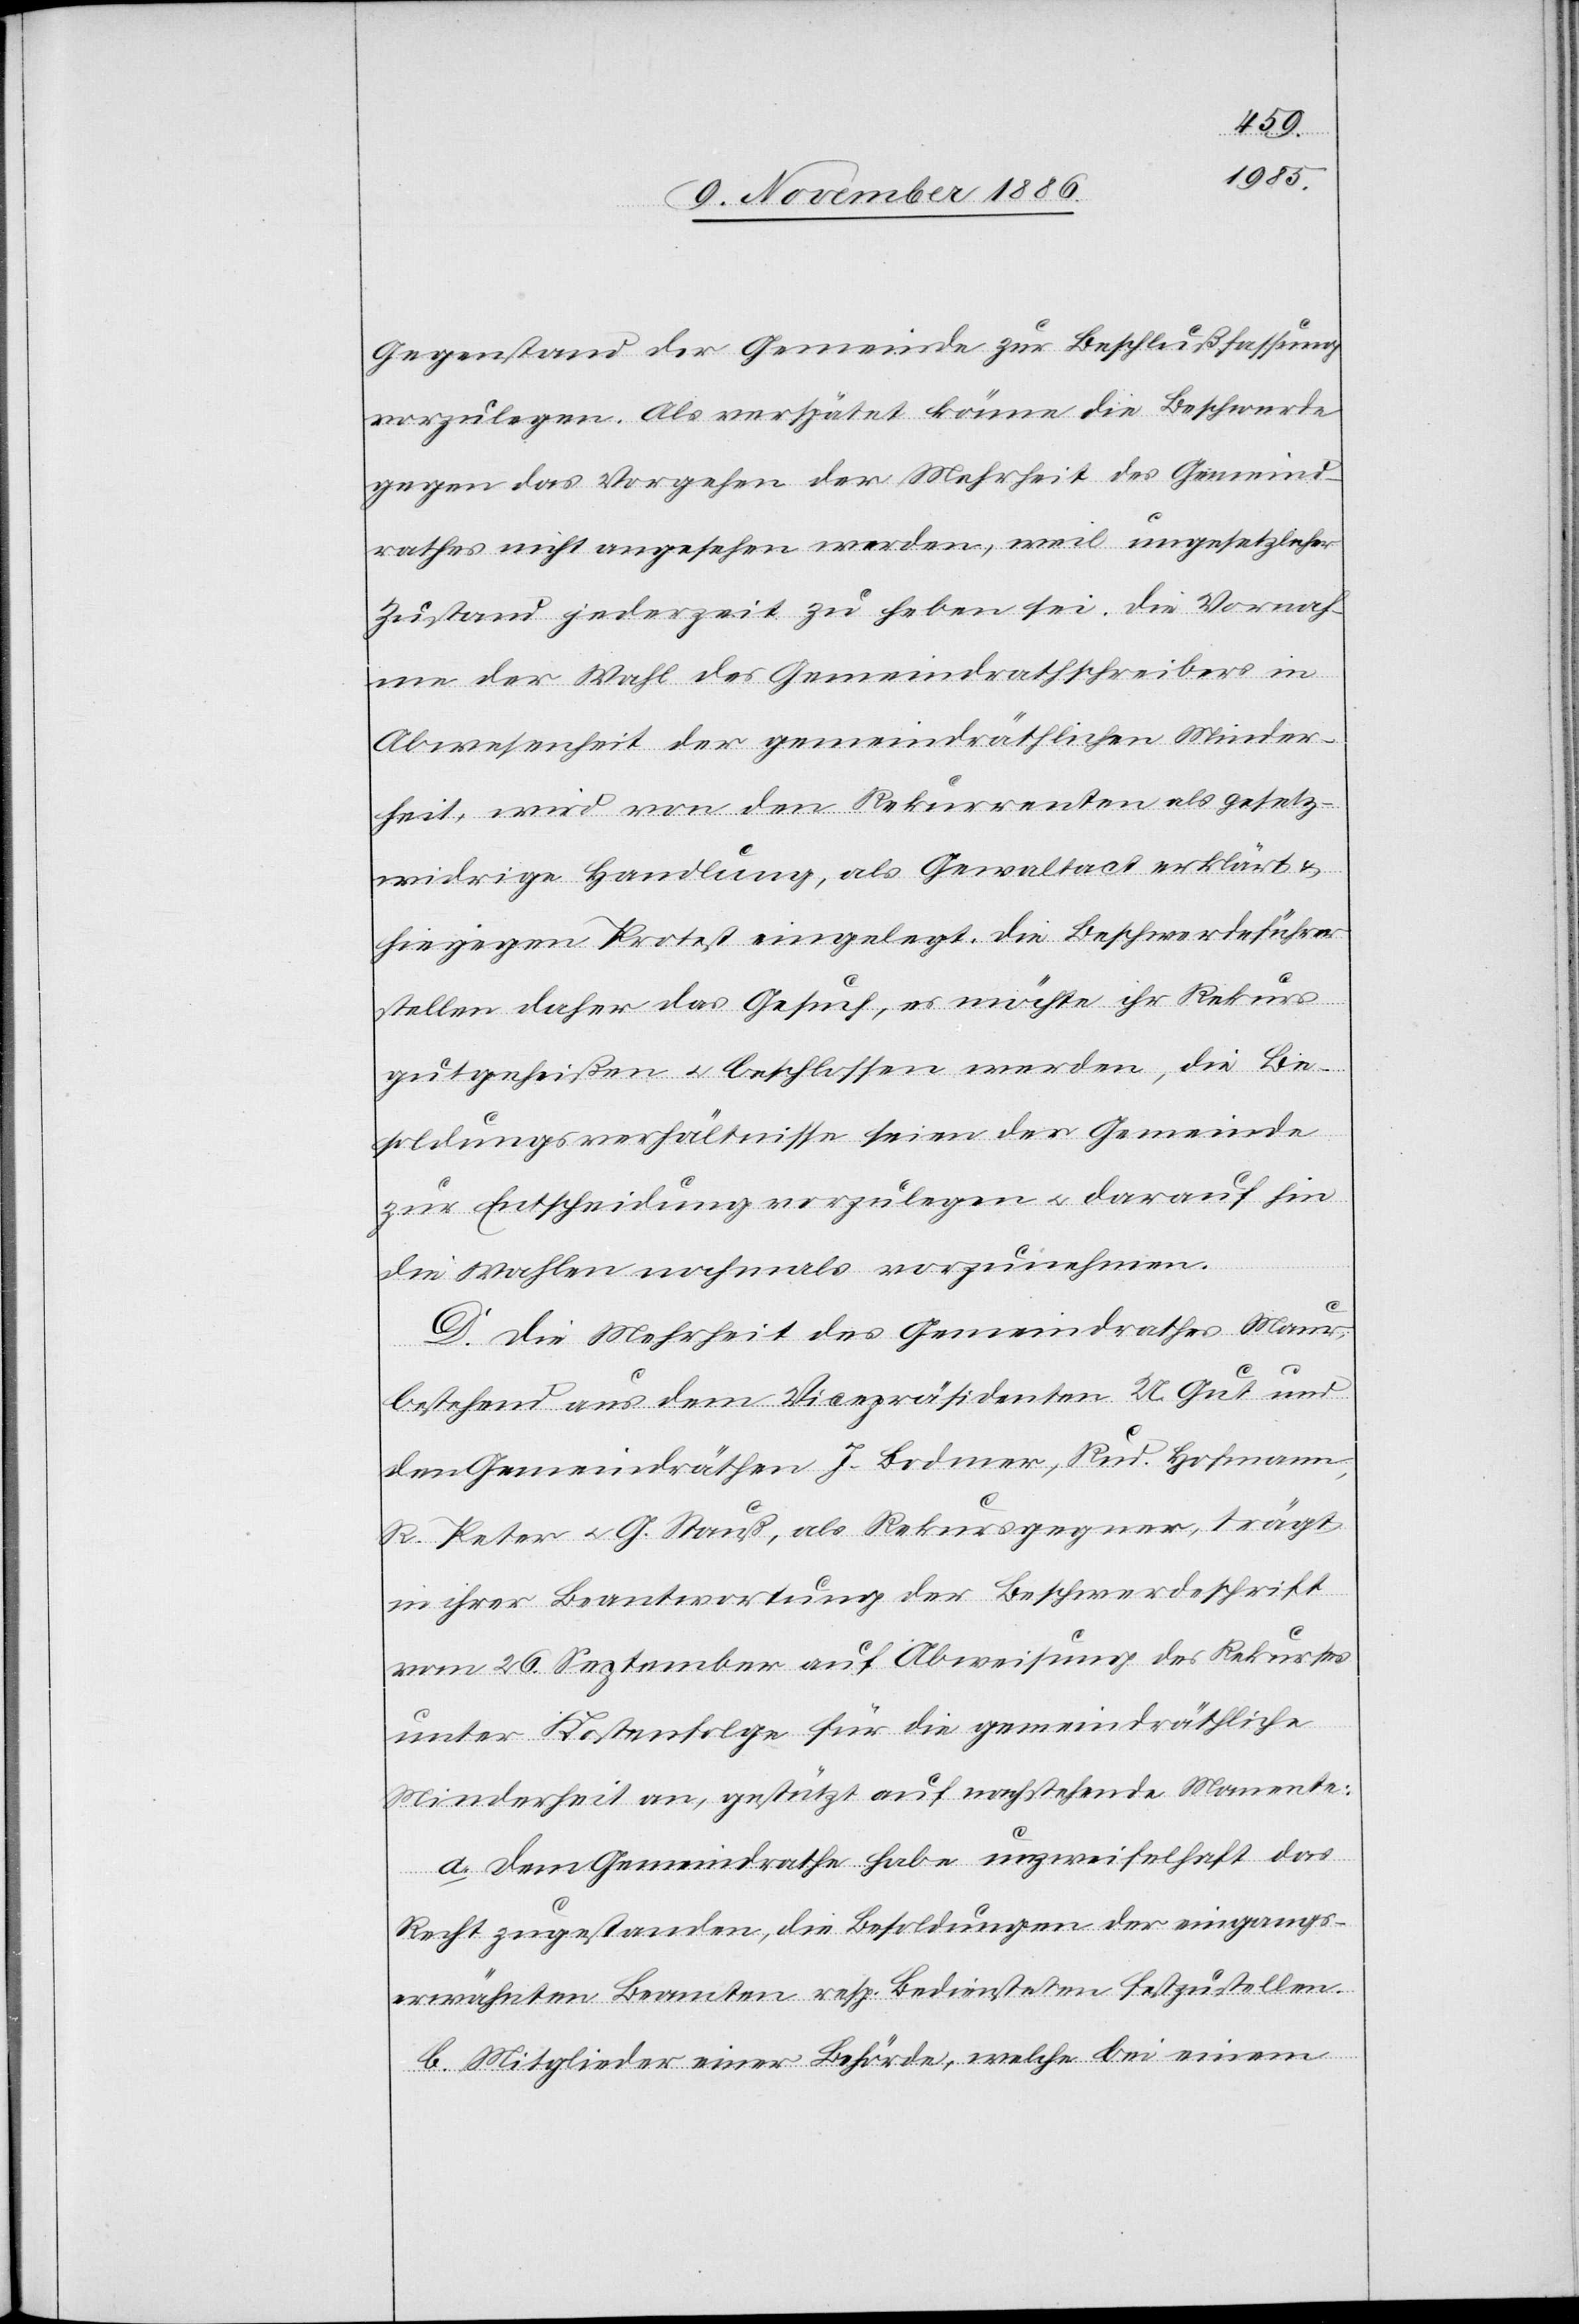
Gegenstand der Gemeinde zur Beschlußfassung
vorzulegen. Als verspätet könne die Beschwerde
gegen das Vorgehen der Mehrheit des Gemeind¬
rathes nicht angesehen werden, weil ungesetzlicher
Zustand jederzeit zu heben sei. Die Vornah¬
me der Wahl des Gemeindrathschreibers in
Abwesenheit der gemeindräthlichen Minder¬
heit, wird von den Rekurrenten als gesetz¬
widrige Handlung, als Gewaltact erklärt &
hiegegen Protest eingelegt. Die Beschwerdeführer
stellen daher das Gesuch, es möchte ihr Rekurs
gutgeheißen & beschlossen werden, die Be¬
soldungsverhältnisse seien der Gemeinde
zur Entscheidung vorzulegen & darauf hin
die Wahlen nochmals vorzunehmen.
D. Die Mehrheit des Gemeindrathes Maur,
bestehend aus dem Vicepräsidenten U. Gut und
den Gemeindräthen J. Bodmer, Rud. Hofmann,
R. Peter & G. Stauß, als Rekursgegner, trägt
in ihrer Beantwortung der Beschwerdeschrift
vom 26. September auf Abweisung des Rekurses
unter Kostenfolge für die gemeindräthliche
Minderheit an, gestützt auf nachstehende Momente:
a. Dem Gemeindrathe habe unzweifelhaft das
Recht zugestanden, die Besoldungen der eingangs¬
erwähnten Beamten resp. Bediensteten festzustellen.
b. Mitglieder einer Behörde, welche bei einem